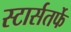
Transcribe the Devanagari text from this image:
स्टार्सतर्फे